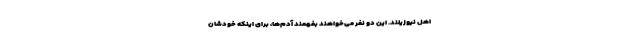
اهل نیوزیلند. این دو نفر می‌خواهند بفهمند آدم‌ها، برای اینکه خودشان